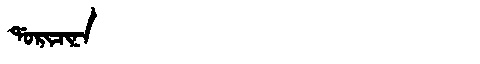
Manchu: ᡩᠣᡵᡳᠴᡳᠨᠠ
Romanization: DORICINA